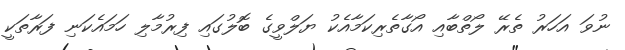
ނުވަ އަހަރު ތެރޭ ލޯތްބާއި އޯގާތެރިކަމާއެކު ޔަލްވީގެ ބޮލުގައި ފިރުމާލި ހަމައެކަނި ފަރާތަކީ